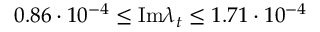
0 . 8 6 \cdot 1 0 ^ { - 4 } \le \mathrm { I m } \lambda _ { t } \le 1 . 7 1 \cdot 1 0 ^ { - 4 }